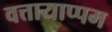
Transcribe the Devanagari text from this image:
वत्तायाप्पम